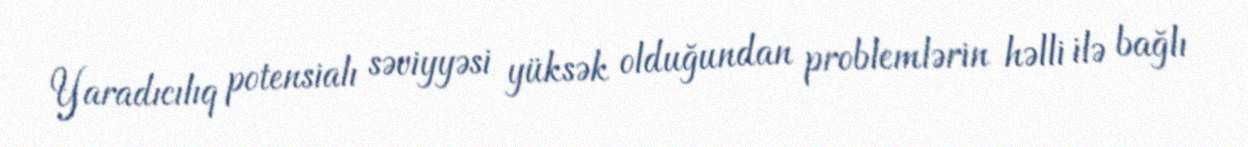
Yaradıcılıq potensialı səviyyəsi yüksək olduğundan problemlərin həlli ilə bağlı